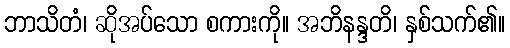
ဘာသိတံ၊ ဆိုအပ်သော စကားကို။ အဘိနန္ဒတိ၊ နှစ်သက်၏။